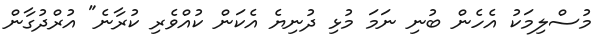
މުސްލިމަކު އެހެން ބުނި ނަމަ މުޅި ދުނިޔެ އެކަން ކުއްވެރި ކުރާނެ" އުރްދުގާން